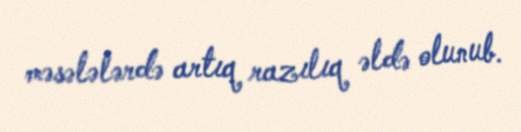
məsələlərdə artıq razılıq əldə olunub.